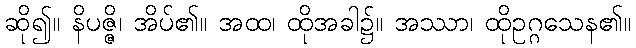
ဆို၍။ နိပဇ္ဇိ၊ အိပ်၏။ အထ၊ ထိုအခါ၌။ အဿာ၊ ထိုဥဂ္ဂသေန၏။